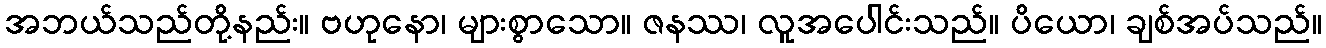
အဘယ်သည်တို့နည်း။ ဗဟုနော၊ များစွာသော။ ဇနဿ၊ လူအပေါင်းသည်။ ပိယော၊ ချစ်အပ်သည်။